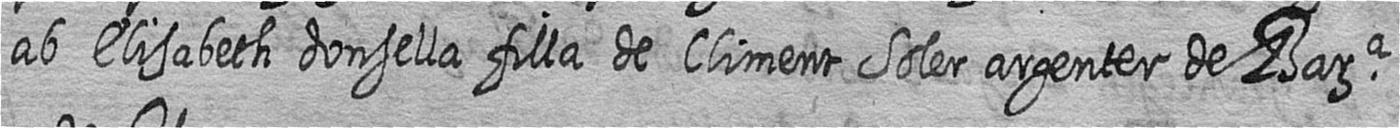
ab Elisabeth donsella filla de Climent Soler argenter de Bara